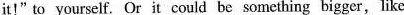
it!" to yourself. Or it could be something bigger, like